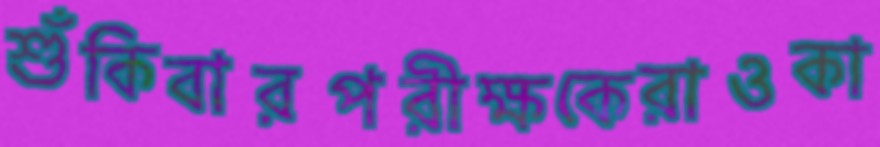
শুঁকিবারপরীক্ষকেরাওকা